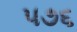
૫૭૬